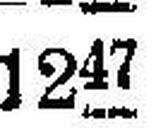
1247